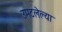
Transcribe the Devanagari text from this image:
उमटलेल्या